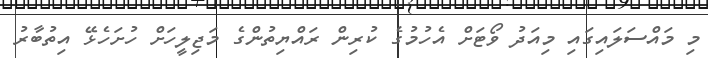
މި މައްސަލައިގައި މިއަދު ވޯޓަށް އެހުމުގެ ކުރިން ރައްޔިތުންގެ މަޖިލީހަށް ހުށަހެޅޭ އިތުބާރު